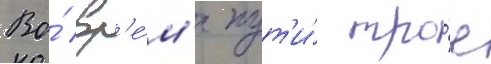
Во́ вр'е́м'я пут'и́ тро́е